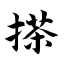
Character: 搽